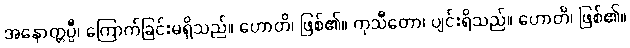
အနောတ္တပ္ပီ၊ ကြောက်ခြင်းမရှိသည်။ ဟောတိ၊ ဖြစ်၏။ ကုသီတော၊ ပျင်းရိသည်။ ဟောတိ၊ ဖြစ်၏။